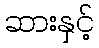
ဆားနှင့်